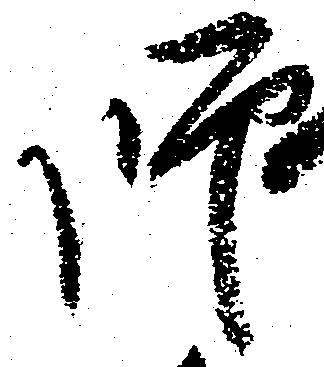
師